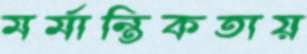
মর্মান্তিকতায়